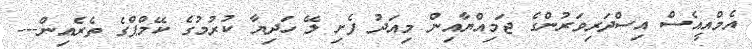
އެމްއީއެސް އިސްދަރިވަރުންގެ ޖަމިއްޔާއިން މިއަދު ފެށި ލޭ ހަދިޔާ ކުރުމުގެ ކޭމްޕްގެ ތެރެއިން---